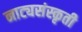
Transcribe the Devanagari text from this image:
नाट्यसंस्कृती